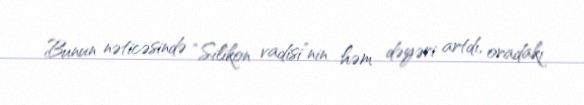
Bunun nəticəsində “Silikon vadisi”nin həm dəyəri artdı, oradakı